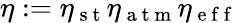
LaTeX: \eta:=\eta_{\mathrm{~s~t~}}\eta_{\mathrm{~a~t~m~}}\eta_{\mathrm{~e~f~f~}}